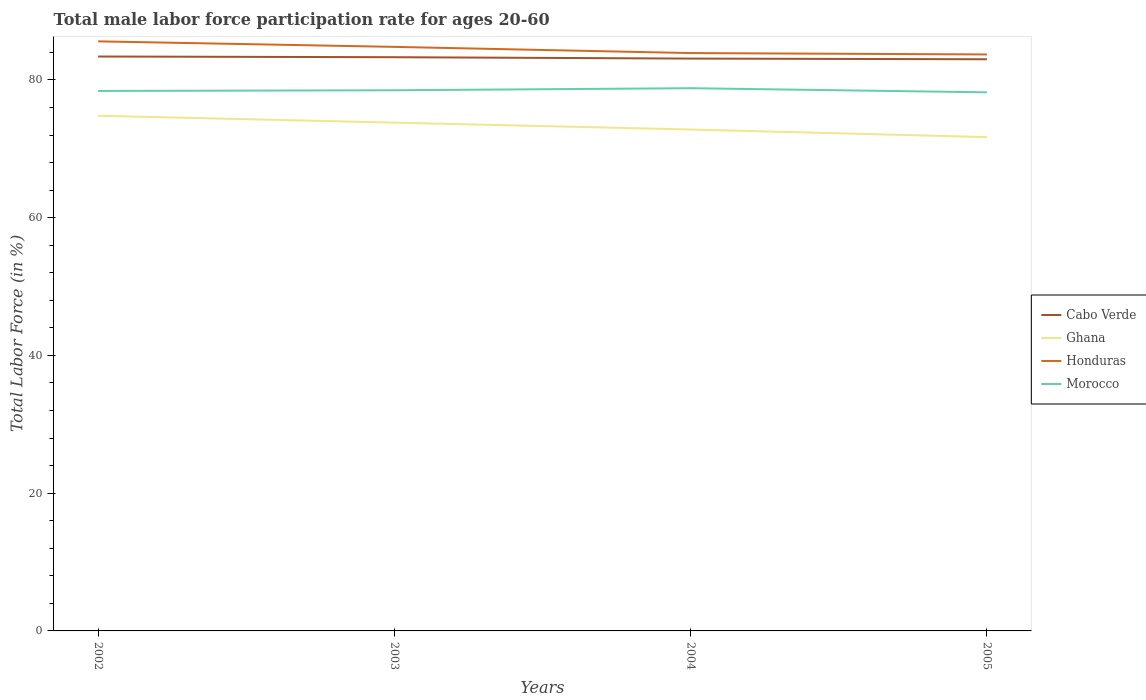
| Years | Cabo Verde | Ghana | Honduras | Morocco |
 | --- | --- | --- | --- | --- |
 | 2002 | 83.4 | 74.8 | 85.6 | 78.4 |
 | 2003 | 83.3 | 73.8 | 84.8 | 78.5 |
 | 2004 | 83.1 | 72.8 | 83.9 | 78.8 |
 | 2005 | 83 | 71.7 | 83.7 | 78.2 |